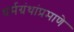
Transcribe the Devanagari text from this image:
धर्मग्रंथांप्रमाणे